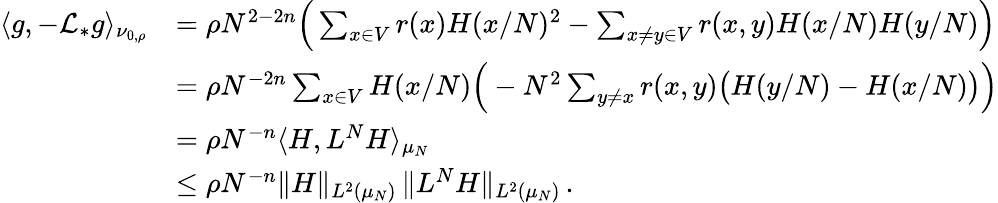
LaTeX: \begin{array}{rl}{\langle g,-\mathcal L_{*}g\rangle_{\nu_{0,\rho}}}&{=\rho N^{2-2n}\Big(\sum_{x\in V}r(x)H(x/N)^{2}-\sum_{x\ne y\in V}r(x,y)H(x/N)H(y/N)\Big)}\\ &{=\rho N^{-2n}\sum_{x\in V}H(x/N)\Big(-N^{2}\sum_{y\ne x}r(x,y)\big(H(y/N)-H(x/N)\big)\Big)}\\ &{=\rho N^{-n}\langle H,L^{N}H\rangle_{\mu_{N}}}\\ &{\leq\rho N^{-n}\| H\| _{L^{2}(\mu_{N})}\, \| L^{N}H\| _{L^{2}(\mu_{N})}\, .}\end{array}